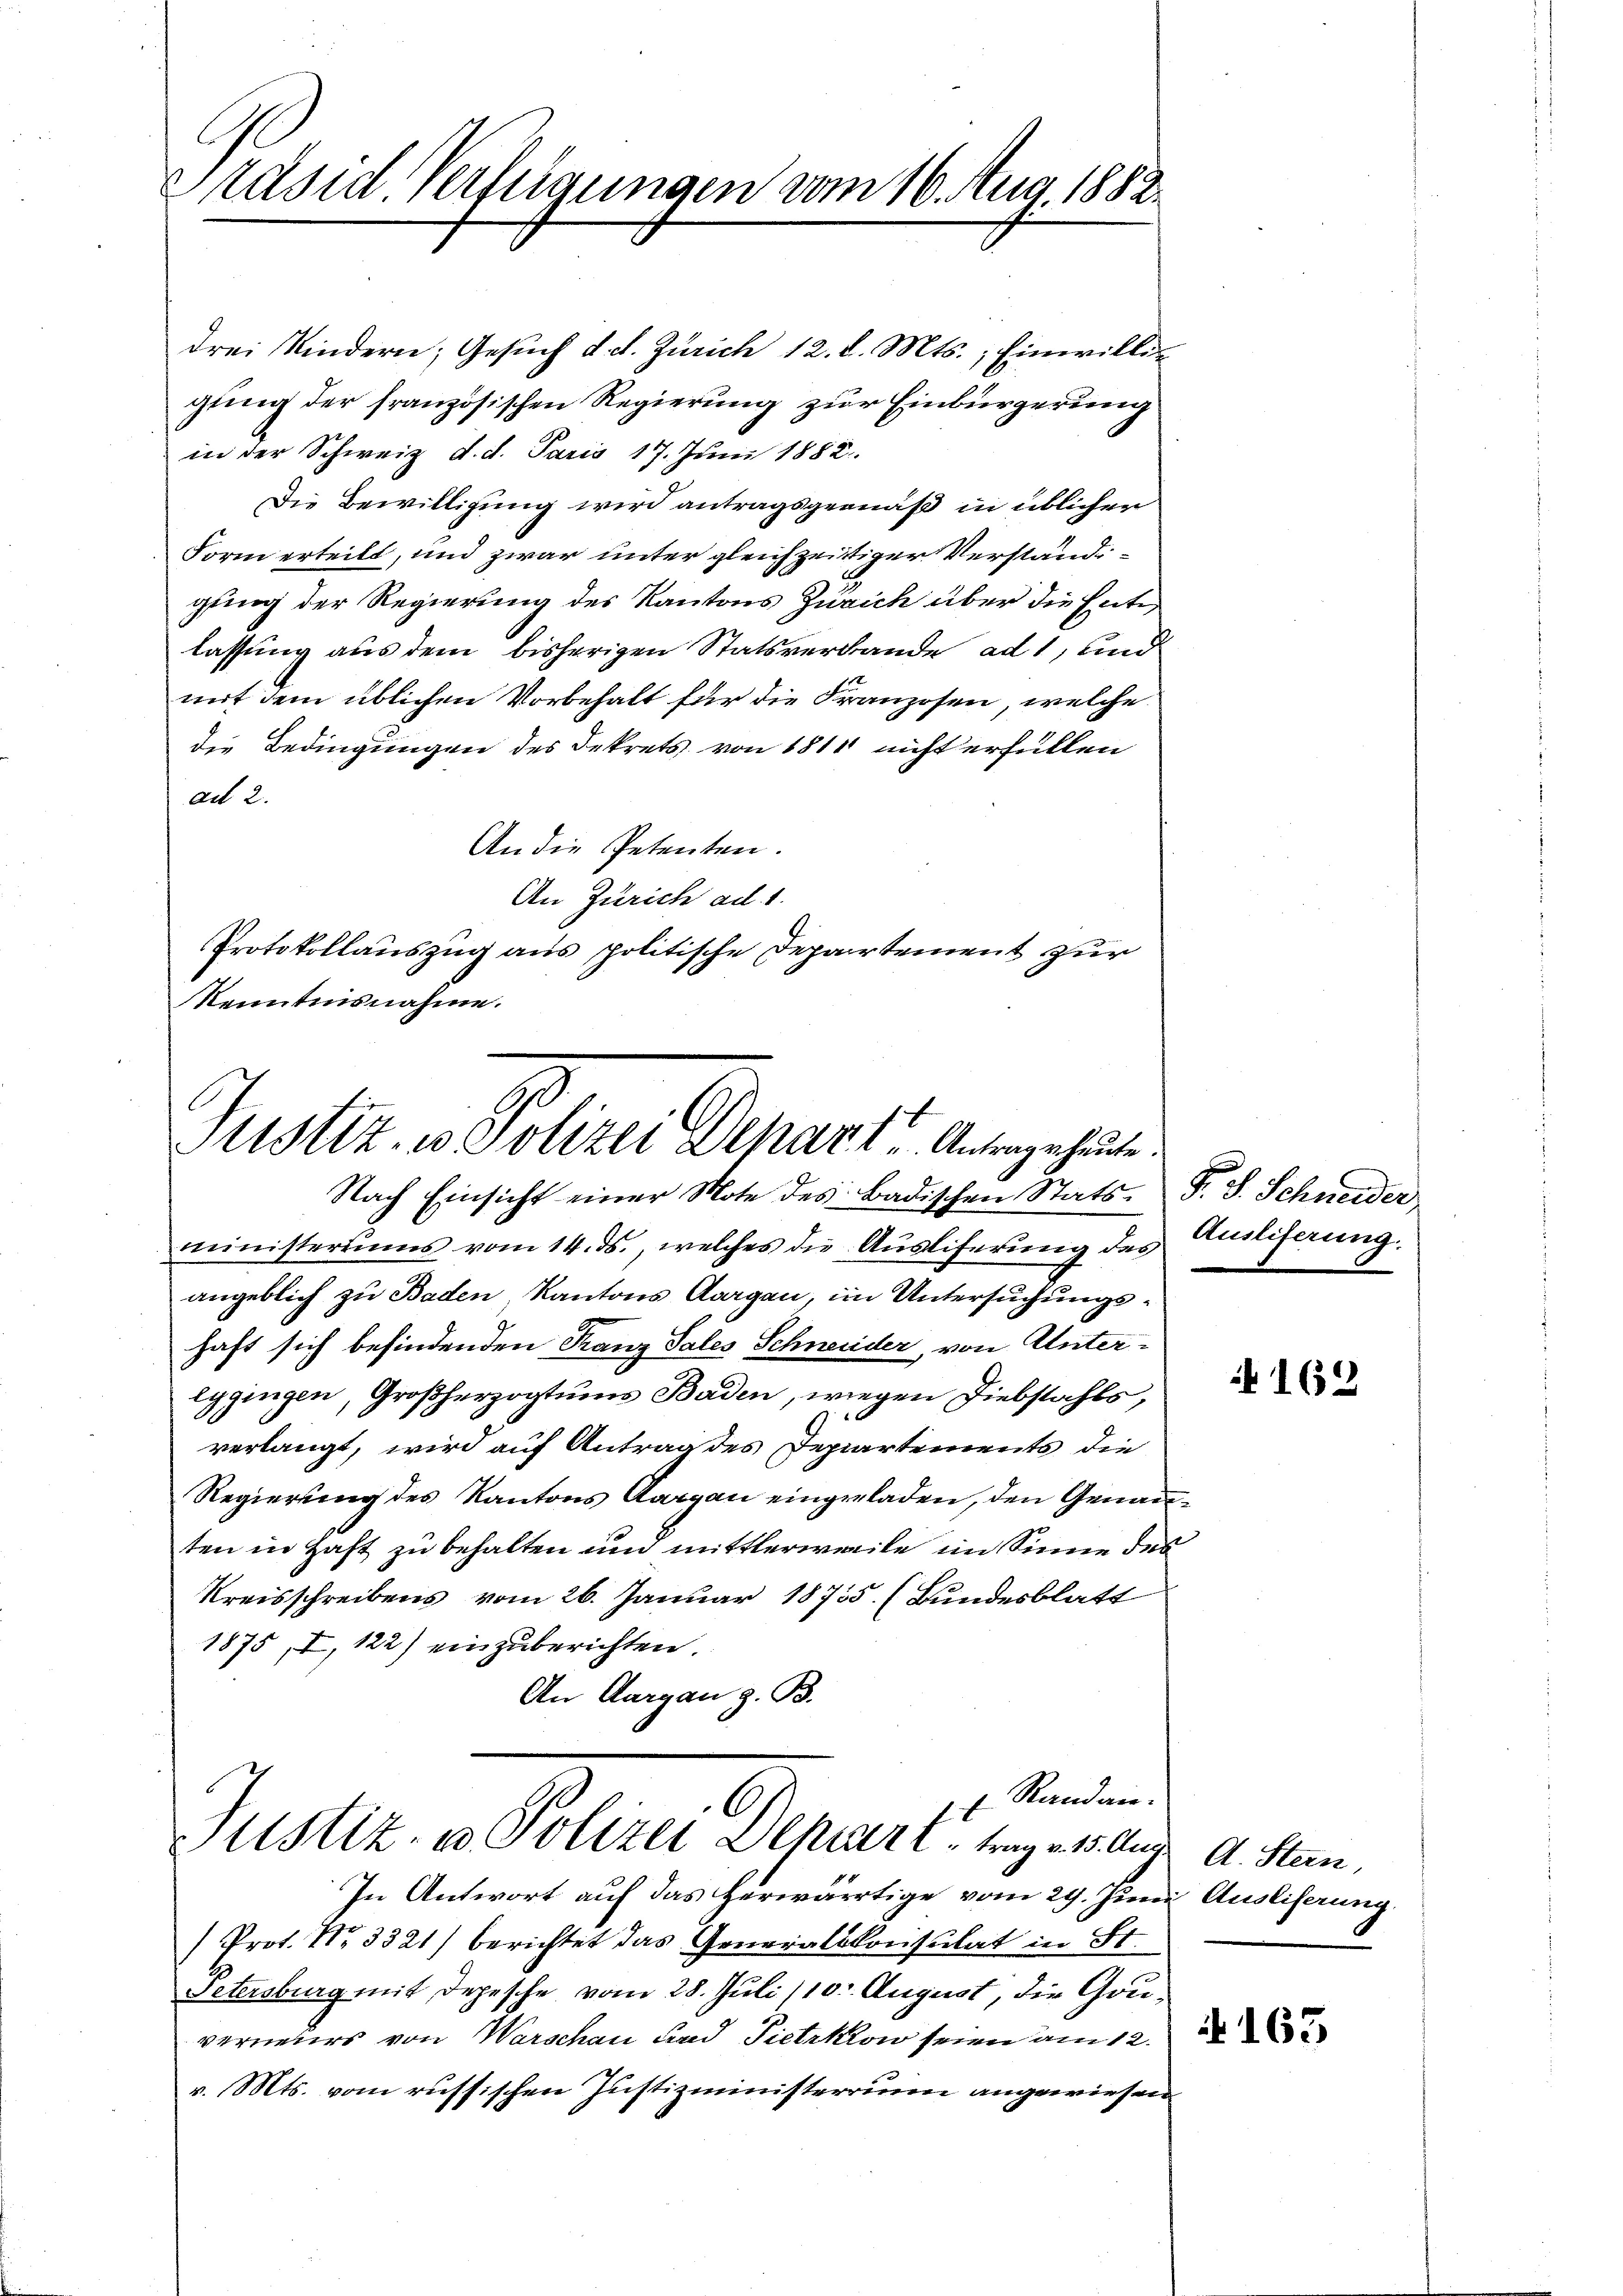
Präsid. Verfügungen vom 16. Aug. 1882.

drei Kindern, Gesŭch d. d. Zürich 12. d. Mts. Einwilligung der französischen Regierung zur Einbürgerung
in der Schweiz d. d. Paris 17. Juni 1882
Die Bewilligung wird antragsgemäß in üblicher
Form erteilt, und zwar unter gleichzeitiger Verständigung der Regierung des Kantons Zürich über die Entlassung aus dem bisherigen Statsverbande ad 1, und
mit dem üblichen Vorbehalt für die Franzosen, welche
die Bedingungen des Dekrets von 1811 nicht erfüllen
ad 2.
An die Petenten.
An Zürich ad 1.
Protokollauszug aus politische Departement zur
Kenntnisnahme.

Stistiz- u. Polizei Depart Antrage heute.

Randanf
Justiz- u Polizei Depart trag v. 15. Aug. A. Stan

Nach Einsicht einer Note des Badischen Stats. S. S. Schneider
ministeriums vom 14. ds., welches die Ausliferung des Antiferung
angeblich zu Baden, Kantons Aargau, im Untersuchungshaft sich befindenden Franz Sales Schneider, von Untereggingen, Großherzogtums Baden, wiegen Diebstahls,
verlangt, wird auf Antrag des Departements die
Regierung des Kantons Aargau eingeladen, den Genanten in Haft zu behalten und mittlerweile im Sinne des
Kreisschreibens vom 26. Januar 18755 (Bundesblatt
1875, I, 122) einzuberichten.
An Aargau z. B.

In Antwort auf das herwärtige vom 29. Juni Ausliferung.
/Prot. No 3321) berichtet das Generalkonsulat in St.
Petersburg mit Depesche vom 28. Juli (10 August, die Gouverneuers von Warschau und Pietzkow seien am 12.
v. Mts. vom russischen Justizministerrin angewiesen

162